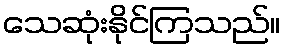
သေဆုံးနိုင်ကြသည်။